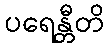
ပရေန္တီတိ